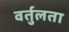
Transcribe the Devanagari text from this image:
वर्तुलता